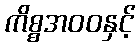
ကိစ္စအဝဝနှင့်